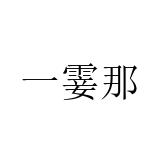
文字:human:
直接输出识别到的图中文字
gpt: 一霎那